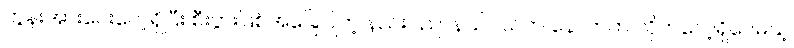
တွန်းအားပေးလေ့ရှိပြီး စီးပွားဖြစ်အခြေပြုတဲ့ နည်းပညာနယ်ပယ်က နောက်က လိုက်လေ့ရှိပေမယ့်